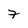
Character: 7